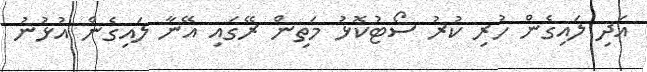
އަދި ލައިގެން ހުރި ކުރު ސޯޓުކޮޅު މަތިން ރޭގައި އޭނާ ލައިގެން އުޅުނު